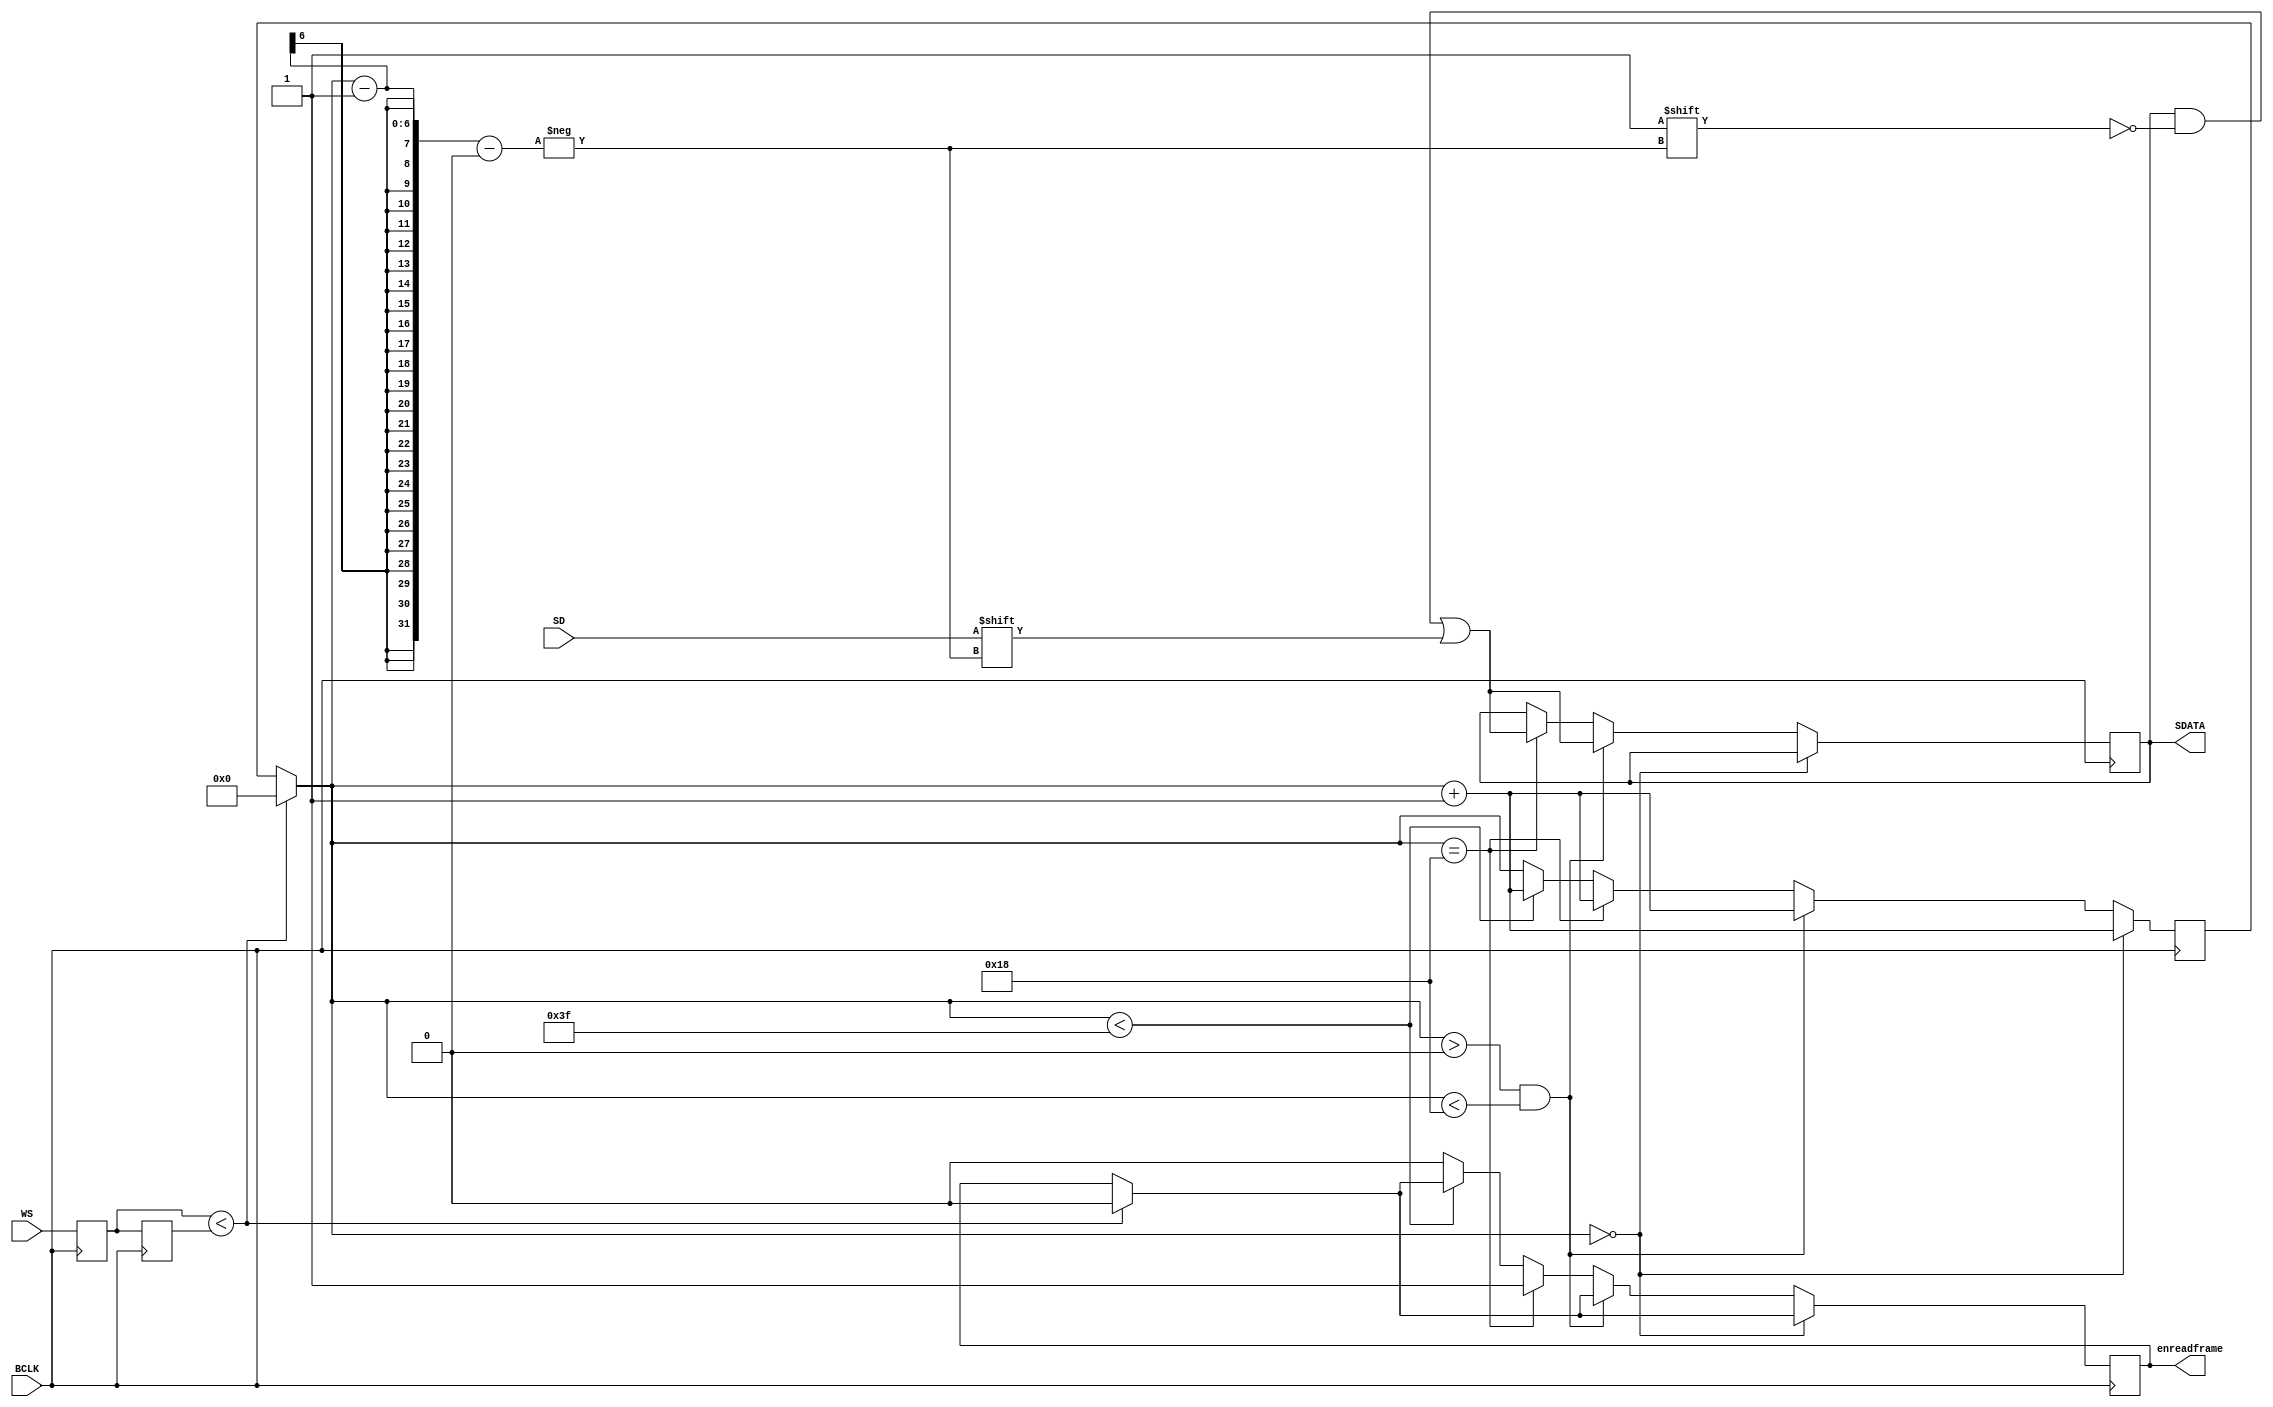
`timescale 1ns / 1ps
//////////////////////////////////////////////////////////////////////////////////
// Company: 
// Engineer: 
// 
// Design Name: 
// Module Name: Frame_Pack
// Project Name: 
// Target Devices: 
// Tool Versions: 
// Description: 
// 
// Dependencies: 
// 
// Revision:
// Revision 0.01 - File Created
// Additional Comments:
// 
//////////////////////////////////////////////////////////////////////////////////


module Frame_Pack(
    input wire BCLK,
    input wire WS,      //INMP441
    input wire SD,
//    input wire RST,
    output reg[23:0] SDATA,   //I2S
    output wire enreadframe //

    );
    
    reg [5:0] SDcnt;        //
    reg [0:0] En;
    reg [0:0] WSD = 1'b0;
    reg [0:0] WSDD = 1'b0;
    
    always @(negedge BCLK)
    begin
      WSDD = WSD;
      WSD = WS;
    end

//    wire wsp = WSD ^ WSDD;
    always@(posedge BCLK) //SDcntwsifposedge
    begin
        if (WSD<WSDD)        //SDcntw
            begin
            SDcnt=0;    
            En[0] = 1'b0;
            end
        if (SDcnt == 0)
            SDcnt = SDcnt+1;
        else if (SDcnt>0 && SDcnt < 24)
            begin
            SDATA[SDcnt-1] = SD;
            SDcnt = SDcnt+1;
            end
        else if (SDcnt ==24)
            begin
            SDATA[SDcnt-1] = SD;
            En[0] = 1'b1;      //SDATA
            SDcnt = SDcnt+1;
            end
        else if (SDcnt <63)
            SDcnt = SDcnt+1;
        else
            En[0] = 1'b0;
                    
      end
    
//    always@(negedge WS or negedge RST)
//    begin
//        SDcnt <= 5'd0;
//        SDATA <= 24'd0;
//        En[0] <= 1'b0;
//    end
    
    assign enreadframe = En;    //assignalways
    
endmodule